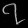
Digit: ၇